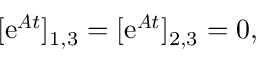
[ \mathrm { e } ^ { \boldsymbol { A } t } ] _ { 1 , 3 } = [ \mathrm { e } ^ { \boldsymbol { A } t } ] _ { 2 , 3 } = 0 ,